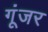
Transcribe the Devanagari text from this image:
गूंजर